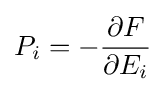
P_{i}=-{\frac {\partial F}{\partial E_{i}}}